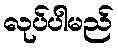
လုပ်ပါမည်